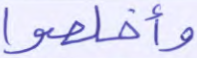
وأخلصوا